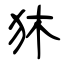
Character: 狇